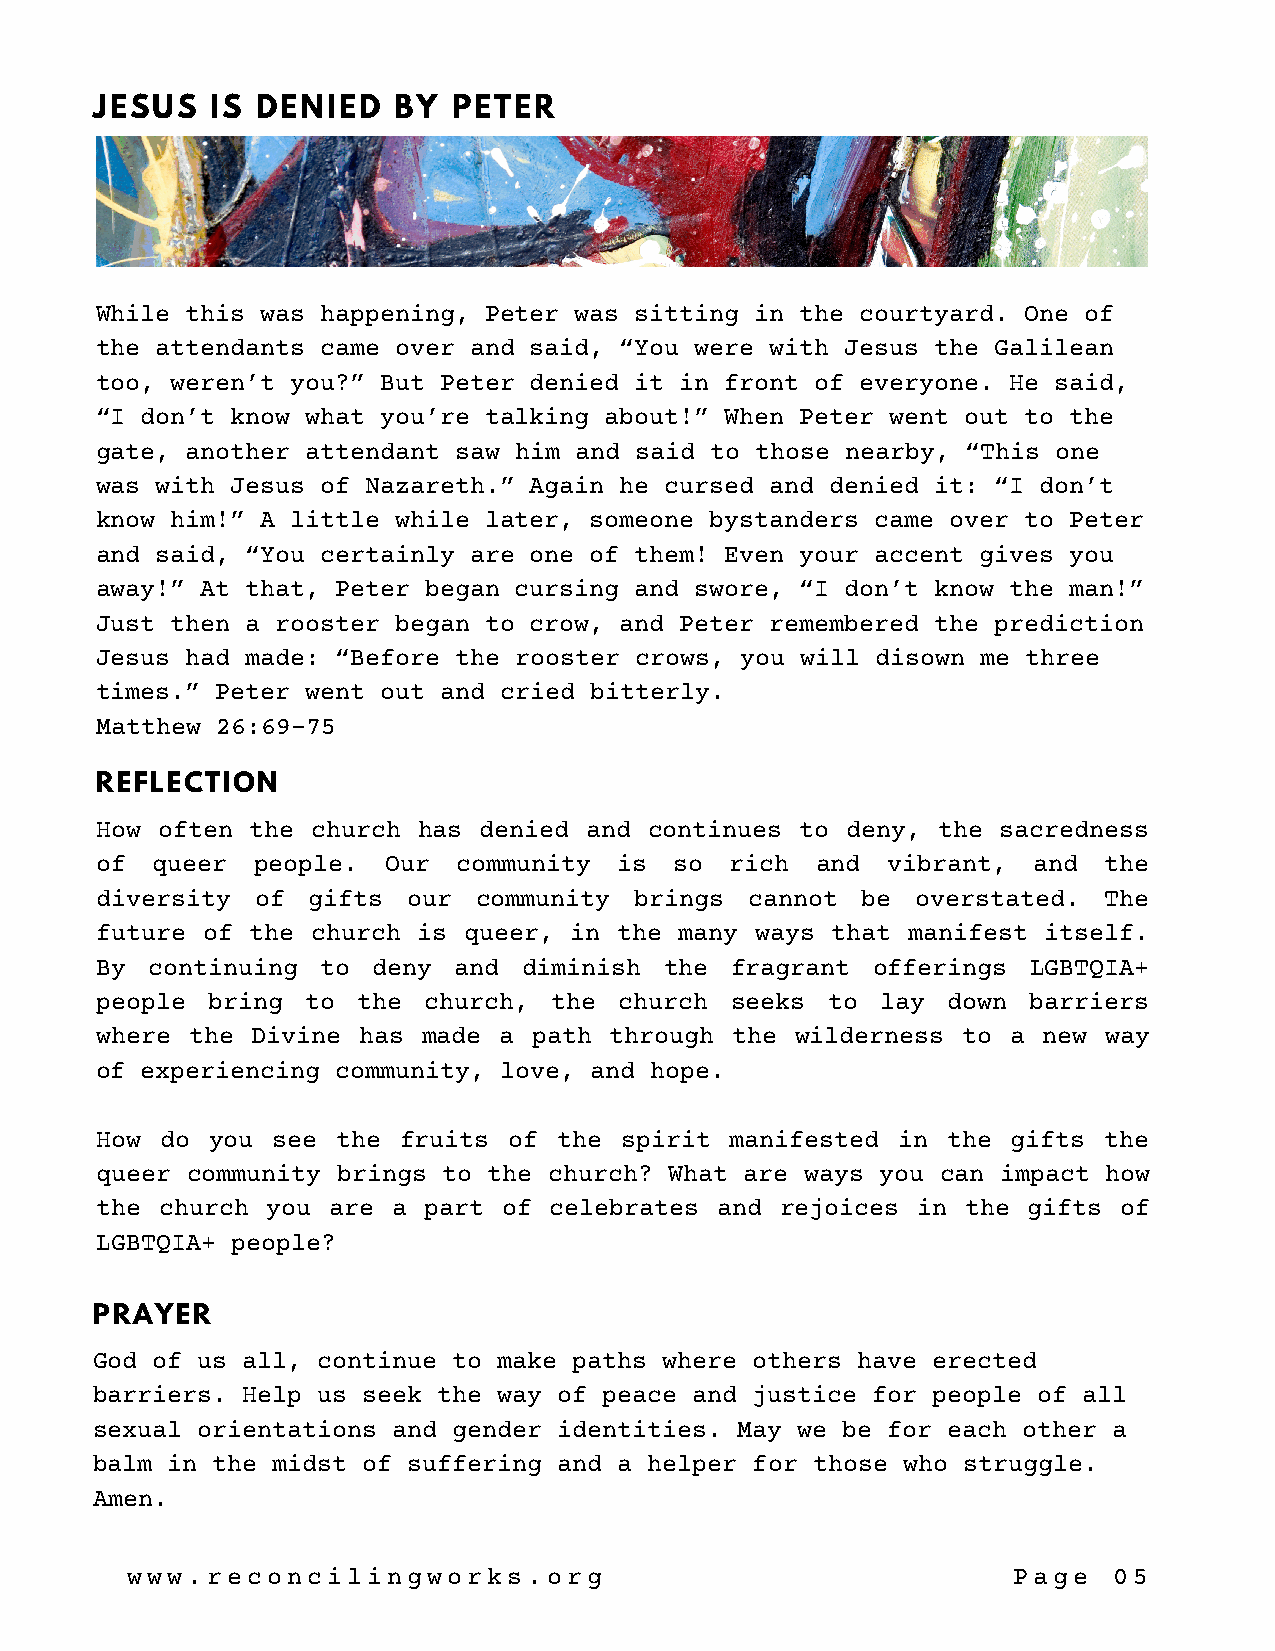
JESUS   IS DENIED   BY  PETER
 While this was happening, Peter was sitting in the courtyard. One of
 the attendants came over and said, “You were with Jesus the Galilean
 too, weren’t you?” But Peter denied it in front of everyone. He said,
 “I don’t know what you’re talking about!” When Peter went out to the
 gate, another attendant saw him and said to those nearby, “This one
 was with Jesus of Nazareth.” Again he cursed and denied it: “I don’t
 know him!” A little while later, someone bystanders came over to Peter
 and said, “You certainly are one of them! Even your accent gives you
 away!” At that, Peter began cursing and swore, “I don’t know the man!”
 Just then a rooster began to crow, and Peter remembered the prediction
 Jesus had made: “Before the rooster crows, you will disown me three
 times.” Peter went out and cried bitterly.
 Matthew 26:69-75
 REFLECTION
 How often the  church has denied and continues to deny, the sacredness
 of  queer  people. Our  community  is  so rich  and  vibrant, and  the
 diversity  of gifts  our community  brings  cannot be  overstated. The
 future of the  church is queer, in the many ways that manifest itself.
 By  continuing to  deny and  diminish the fragrant  offerings LGBTQIA+
 people  bring to  the church,  the church seeks  to lay  down barriers
 where the  Divine has made a path through the  wilderness to a new way
 of experiencing community, love, and hope.
 How  do you see the fruits  of the spirit manifested in  the gifts the
 queer community brings to the church? What are ways you can impact how
 the  church you are a part of celebrates and  rejoices in the gifts of
 LGBTQIA+ people?
 PRAYER
 God of us all, continue to make paths where others have erected
 barriers. Help us seek the way of peace and justice for people of all
 sexual orientations and gender identities. May we be for each other a
 balm in the midst of suffering and a helper for those who struggle.
 Amen.
 www.reconcilingworks.org                                   Page   05